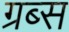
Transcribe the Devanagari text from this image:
ग्रब्स